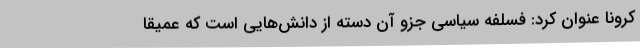
کرونا عنوان کرد: فسلفه سیاسی جزو آن دسته از دانش‌هایی است که عمیقا